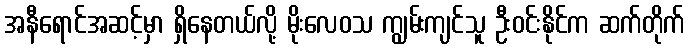
အနီရောင်အဆင့်မှာ ရှိနေတယ်လို့ မိုးလေဝသ ကျွမ်းကျင်သူ ဦးဝင်းနိုင်က ဆက်တိုက်